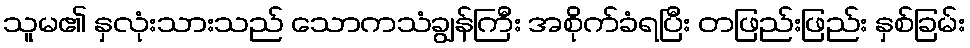
သူမ၏ နှလုံးသားသည် သောကသံချွန်ကြီး အစိုက်ခံရပြီး တဖြည်းဖြည်း နှစ်ခြမ်း